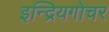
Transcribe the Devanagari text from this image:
इन्द्रियगोचर